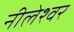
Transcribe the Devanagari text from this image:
नीलेश्‍वर